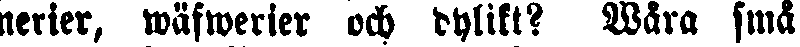
nerier, wäfwerier och dylikt? Wåra små